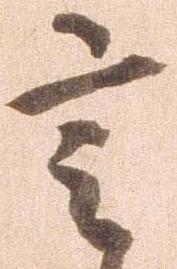
言